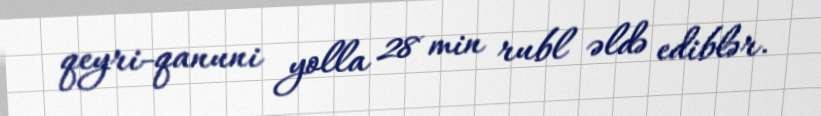
qeyri-qanuni yolla 28 min rubl əldə ediblər.